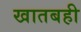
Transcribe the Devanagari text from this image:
खातबही